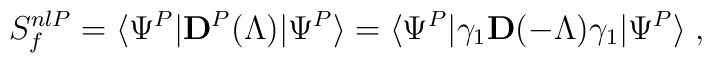
S_f^{nlP}=\langle\Psi^P| {\mathbf D}^P(\Lambda) |\Psi^P\rangle = \langle\Psi^P| \gamma_1 {\mathbf D}(-\Lambda) \gamma_1|\Psi^P\rangle \;,